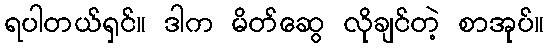
ရပါတယ်ရှင်။ ဒါက မိတ်ဆွေ လိုချင်တဲ့ စာအုပ်။